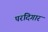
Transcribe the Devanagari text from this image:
परदिगार